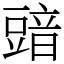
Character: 䜾